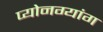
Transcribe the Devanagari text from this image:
प्योनग्यांग